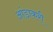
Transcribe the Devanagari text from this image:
आंडाकरी